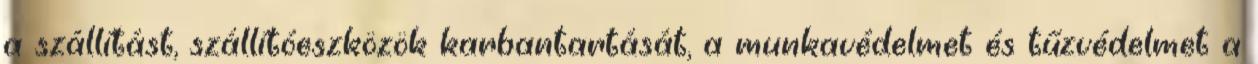
a szállítást, szállítóeszközök karbantartását, a munkavédelmet és tűzvédelmet a